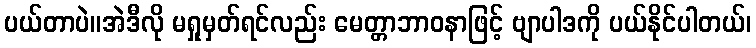
ပယ်တာပဲ။အဲဒီလို မရှုမှတ်ရင်လည်း မေတ္တာဘာဝနာဖြင့် ဗျာပါဒကို ပယ်နိုင်ပါတယ်၊